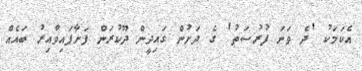
އެކަމަކު 'ދެ ވަނަ ފުރުސަތު' ގެ ދަށުން ގައިދީން ދޫކުރަން ފަށާފައިވާއިރު ބައެއް